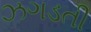
ઝગડતી